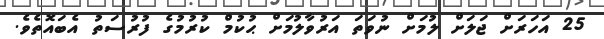
25 އަހަރަށް ޖަލަށް ލުމަށް ނުވަތަ އަރުވާލުމަށް ޙުކުމް ކުރުމުގެ ފުރުސަތު އެބައޮތެވެ.